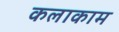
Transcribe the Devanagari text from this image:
कलाकाम